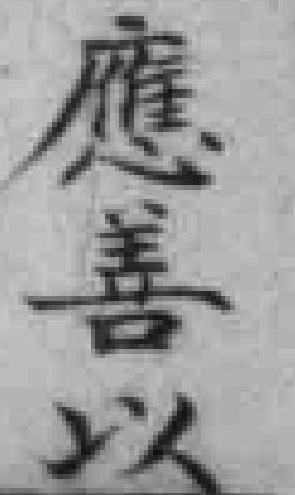
應善以